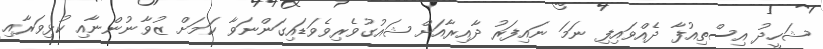
ޝަހީދު އިސްތިއުފާ ދެއްވައިފި ނަމަ ނައިފަރު ދާއިރާއަށް ޝައުގުވެރިވެވަޑައިގަންނަވާ ކަމަށް ޒުވާނުންނާއި ކުޅިވަރާއި